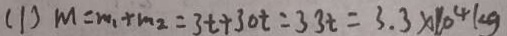
( 1 ) m = m _ { 1 } + m _ { 2 } = 3 t + 3 0 t = 3 3 t = 3 . 3 \times 1 0 ^ { 4 } k g